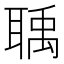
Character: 聥